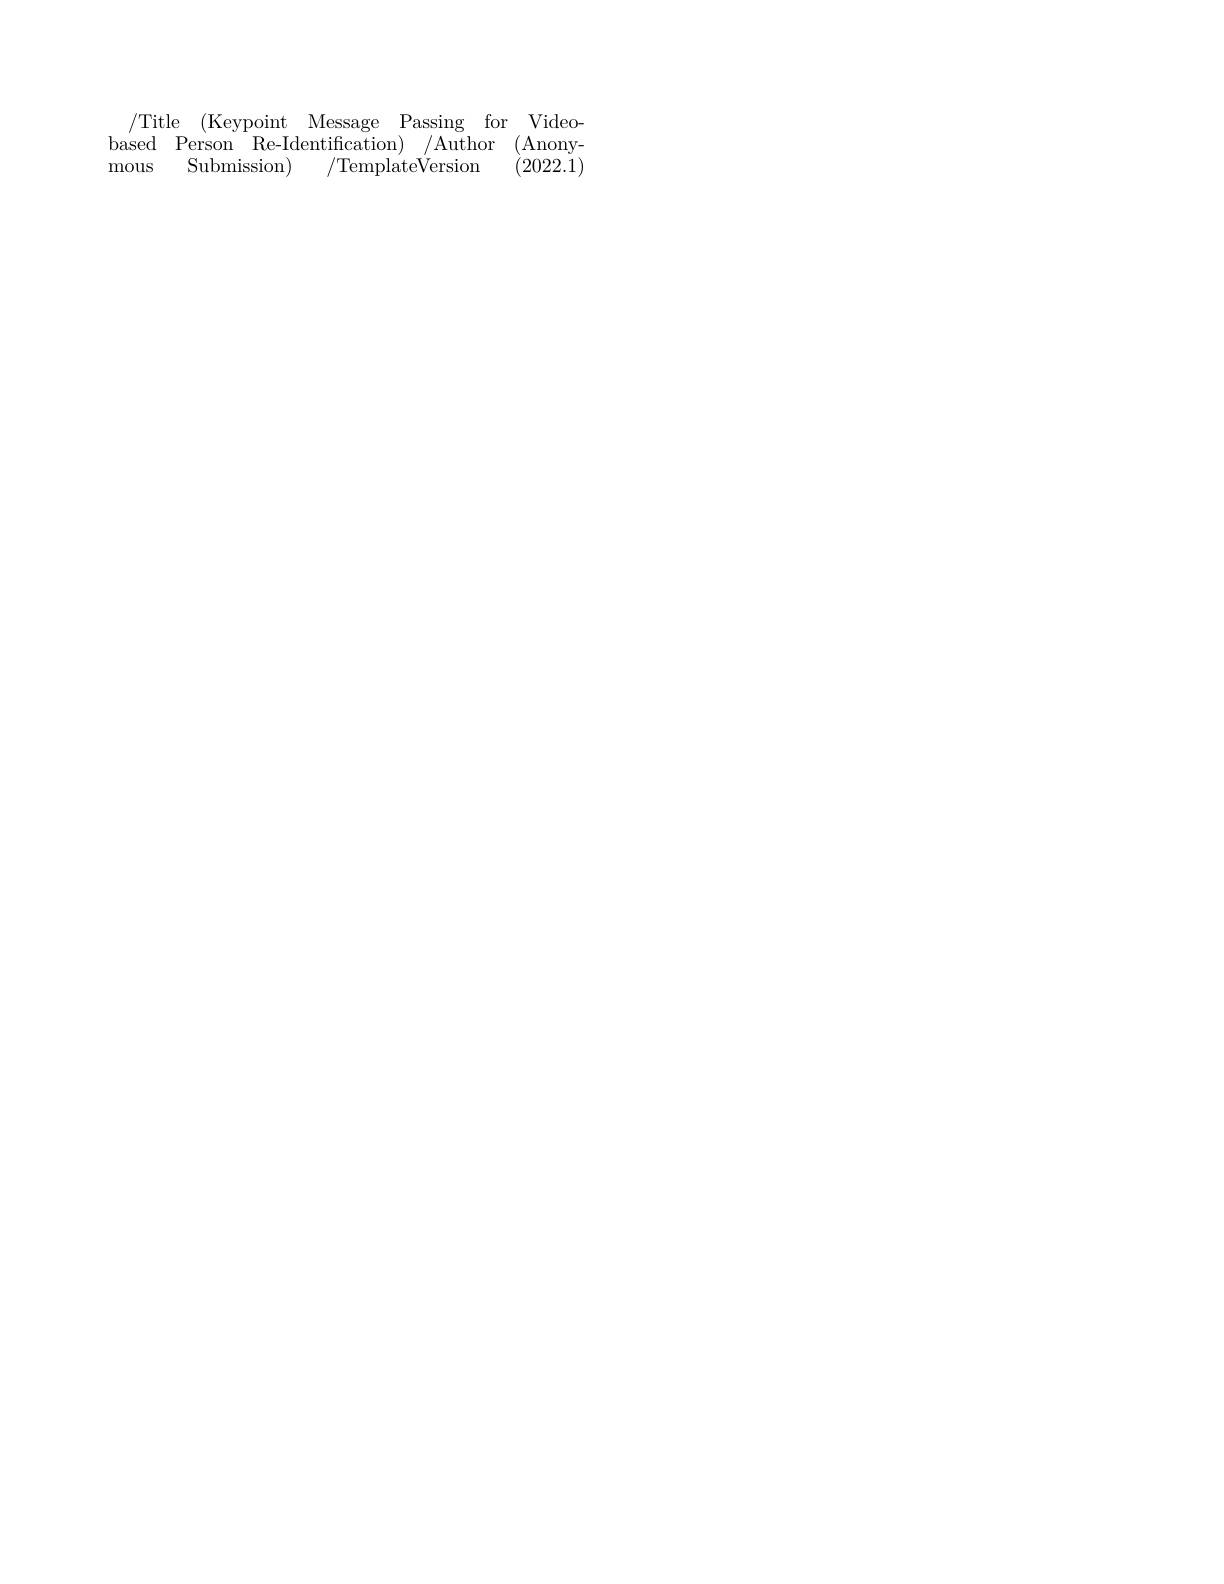
/Title ( Keypoint Message Passing for Videobased Person Re-Identification) /Author (Anony-
### $\operatorname{Submission})$ /TemplateVersion mous (2022.1)